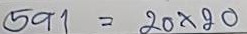
591 = 20 x 20